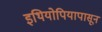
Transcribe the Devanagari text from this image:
इथियोपियापासून